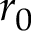
r _ { 0 }